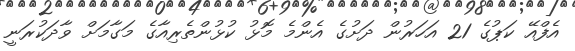
އެފްއޭ ކަޕުގެ 21 އަހަރުން ދަށުގެ އެންމެ މޮޅު ކުޅުންތެރިއާގެ މަގާމަށް ވާދަކުރަނީ